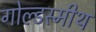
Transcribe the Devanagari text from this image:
गोल्डस्मीथ